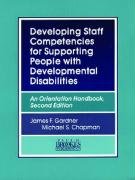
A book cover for Developing Staff Competencies for Supporting People with Developmental Disabilities: An Orientation Handbook; James Gardner "Ph.D.  M.A.S."; Health, Fitness & Dieting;